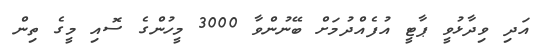
އަދި ވިދާޅުވީ ޕާޓީ އުފެއްދުމަށް ބޭނުންވާ 3000 މީހުންގެ ސޮއި މީގެ ތިން